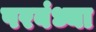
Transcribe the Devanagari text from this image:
परबंध्या